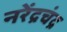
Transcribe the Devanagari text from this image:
नरेंद्रचंद्र